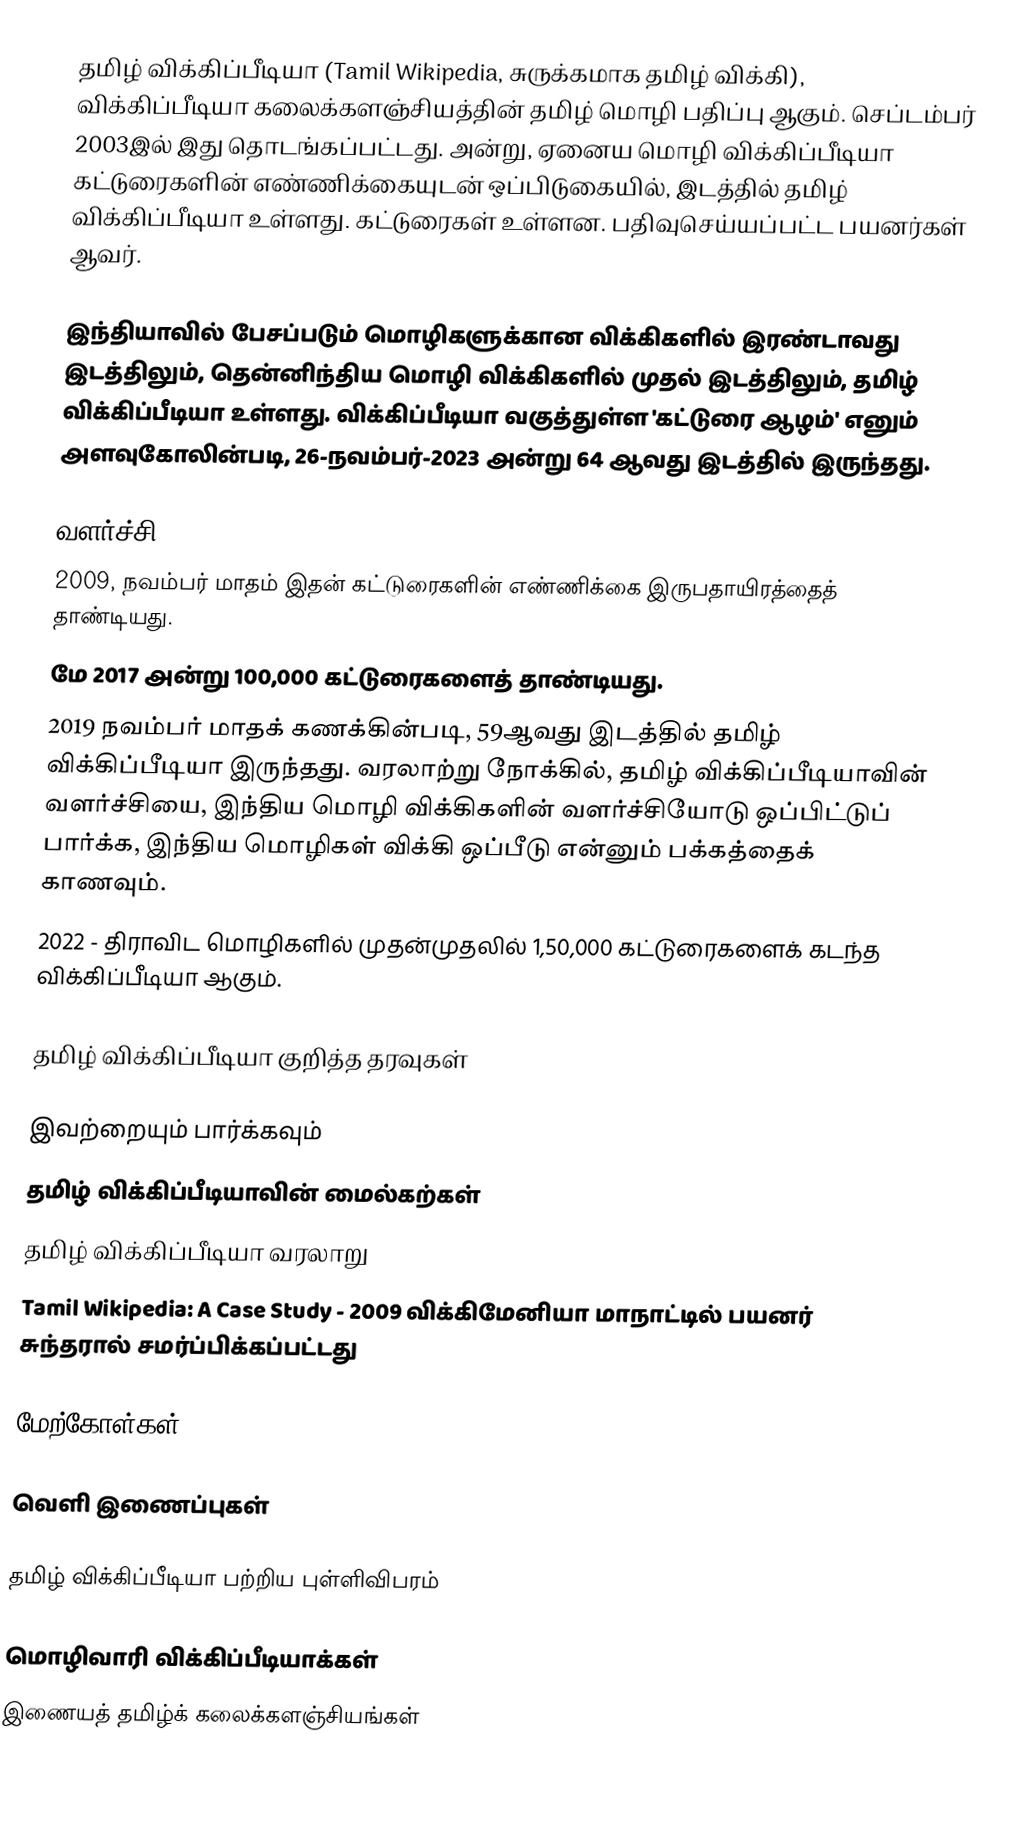
தமிழ் விக்கிப்பீடியா (Tamil Wikipedia, சுருக்கமாக தமிழ் விக்கி), விக்கிப்பீடியா கலைக்களஞ்சியத்தின் தமிழ் மொழி பதிப்பு ஆகும். செப்டம்பர் 2003இல் இது தொடங்கப்பட்டது.    அன்று, ஏனைய மொழி விக்கிப்பீடியா கட்டுரைகளின் எண்ணிக்கையுடன் ஒப்பிடுகையில்,  இடத்தில் தமிழ் விக்கிப்பீடியா உள்ளது.  கட்டுரைகள் உள்ளன. பதிவுசெய்யப்பட்ட பயனர்கள்  ஆவர்.

இந்தியாவில் பேசப்படும் மொழிகளுக்கான விக்கிகளில் இரண்டாவது இடத்திலும், தென்னிந்திய மொழி விக்கிகளில் முதல் இடத்திலும், தமிழ் விக்கிப்பீடியா உள்ளது. விக்கிப்பீடியா வகுத்துள்ள 'கட்டுரை ஆழம்' எனும் அளவுகோலின்படி, 26-நவம்பர்-2023 அன்று 64 ஆவது இடத்தில் இருந்தது.

வளர்ச்சி
 2009, நவம்பர் மாதம் இதன் கட்டுரைகளின் எண்ணிக்கை இருபதாயிரத்தைத் தாண்டியது.
 மே 2017 அன்று 100,000 கட்டுரைகளைத் தாண்டியது.
 2019 நவம்பர் மாதக் கணக்கின்படி, 59ஆவது இடத்தில் தமிழ் விக்கிப்பீடியா இருந்தது. வரலாற்று நோக்கில், தமிழ் விக்கிப்பீடியாவின் வளர்ச்சியை, இந்திய மொழி விக்கிகளின் வளர்ச்சியோடு ஒப்பிட்டுப் பார்க்க, இந்திய மொழிகள் விக்கி ஒப்பீடு என்னும் பக்கத்தைக் காணவும்.
 2022 - திராவிட மொழிகளில் முதன்முதலில் 1,50,000 கட்டுரைகளைக் கடந்த விக்கிப்பீடியா ஆகும்.

தமிழ் விக்கிப்பீடியா குறித்த தரவுகள்

இவற்றையும் பார்க்கவும்
 தமிழ் விக்கிப்பீடியாவின் மைல்கற்கள்
 தமிழ் விக்கிப்பீடியா வரலாறு
 Tamil Wikipedia: A Case Study - 2009 விக்கிமேனியா மாநாட்டில் பயனர் சுந்தரால் சமர்ப்பிக்கப்பட்டது

மேற்கோள்கள்

வெளி இணைப்புகள்

தமிழ் விக்கிப்பீடியா பற்றிய புள்ளிவிபரம்

மொழிவாரி விக்கிப்பீடியாக்கள்
இணையத் தமிழ்க் கலைக்களஞ்சியங்கள்